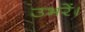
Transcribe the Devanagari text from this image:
उभरें।